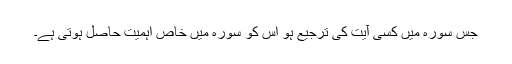
جس سورہ میں کسی آیت کی ترجیع ہو اس کو سورہ میں خاص اہمیت حاصل ہوتی ہے۔